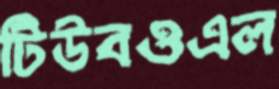
টিউবওএল